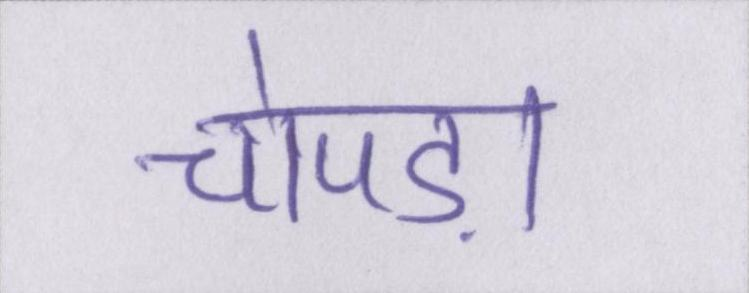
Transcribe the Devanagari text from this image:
चोपड़ा